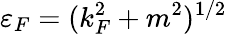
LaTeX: \varepsilon_{F}=(k_{F}^{2}+m^{2})^{1/2}